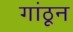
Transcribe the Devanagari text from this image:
गांठून